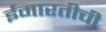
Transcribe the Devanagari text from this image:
ईमारतीची